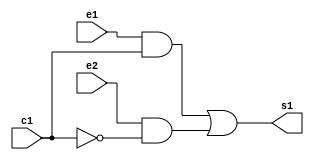
 // ------------------------- 
// Exemplo0032 - F4 
// Nome: Lucas Cardoso 
// ------------------------- 
// ------------------------- 
// f4_gate 
// ------------------------- 
module BOX1 (output s1,input e1,input e2,input c1);
  
wire temp1,temp2,notc1;

and AND2 (temp1,e1,c1);
not NOT1 (notc1,c1);
and AND3 (temp2,e2,notc1); 
or OR2 (s1,temp1,temp2);
endmodule//BOX1

module BOX2 (output s,input a,input b,input CH);

wire e1,e2,c1;

and AND1 (e1,a,b);
or OR1 (e2,a,b);
BOX1 selec (s,e1,e2,CH);
endmodule//BOX2

module testBOX2;
// ------------------------- definir dados 
reg  x,y,z;
wire s,r; 
BOX2 modulo1 ( s, x, y, z);
// ------------------------- parte principal 
initial begin 
$display("Exemplo0032 - Lucas Cardoso - 441694"); 
$display("Test module"); 
x ='b0; y ='b0;z ='b0; 
// projetar testes do modulo 
$display("\na b CH s");
#1 $monitor("%b %b %b %b",x,y,z,s);
#1 x='b0;y ='b1; z ='b0;  
#1 x='b1;y ='b0; z ='b0;
#1 x='b1;y ='b1; z ='b0;

x = 'b0; y ='b0;z ='b1; 
#1 x ='b0; y ='b1; z ='b1;  
#1 x ='b1; y ='b0; z ='b1;
#1 x ='b1; y ='b1; z ='b1;
end 
endmodule